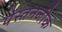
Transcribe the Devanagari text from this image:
पेस्तनजीक